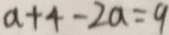
a + 4 - 2 a = 9